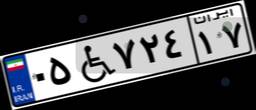
۲۱W۳۸۷۶۷